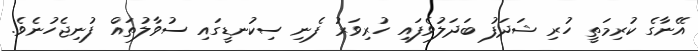
އޭނާގެ ކުރިމަތީ ހުރި ޝަދަފު ބަދަލުވެފައި ހުރިވަރު ފެނި ސިކުނޑީގައި ސުވާލުތައް ފުނިޖެހުނެވެ.